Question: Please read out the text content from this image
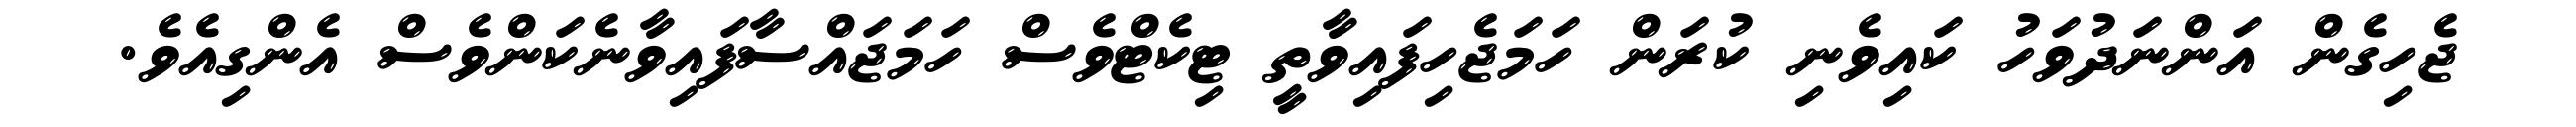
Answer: ޖެހިގެން އަންނަދުވަހު ކައިވެނި ކުރަން ހަމަޖެހިފައިވާތީ ޓިކެޓްވެސް ހަމަޖައްސާފައިވާނެކަންވެސް އެންގިއެވެ.